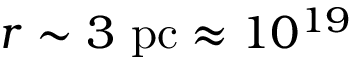
r \sim 3 ~ \mathrm { p c } \approx 1 0 ^ { 1 9 }